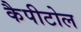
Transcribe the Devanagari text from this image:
कैपीटोल